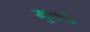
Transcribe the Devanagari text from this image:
मुक्‍के